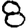
Digit: 8